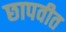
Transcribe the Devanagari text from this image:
छापवीत